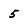
Character: 5